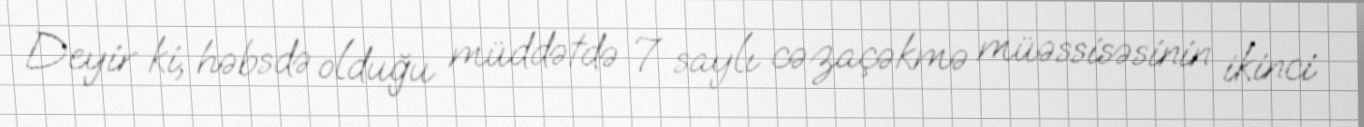
Deyir ki, həbsdə olduğu müddətdə 7 saylı cəzaçəkmə müəssisəsinin ikinci